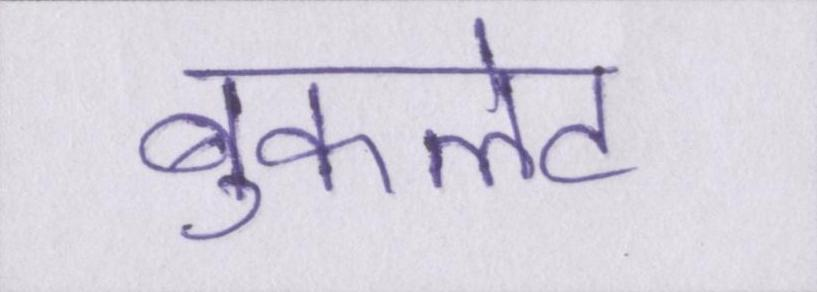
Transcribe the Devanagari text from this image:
बुकलेट